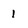
Character: 1